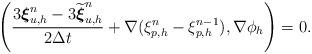
LaTeX: \begin{align*} \begin{aligned} \left(\frac{3 \boldsymbol{\xi}_{u,h}^n-3\widetilde{\boldsymbol{\xi}}_{u,h}^n}{2 \Delta t} +\nabla (\xi_{p,h}^n-\xi_{p,h}^{n-1}), \nabla \phi_h \right)=0. \end{aligned}\end{align*}